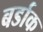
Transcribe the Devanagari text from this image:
बर्डाक